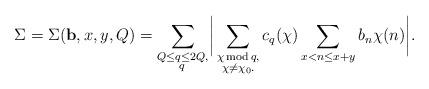
LaTeX: \begin{align*}\Sigma = \Sigma({\bf b}, x,y, Q) = \sum_{\substack{Q\leq q \leq 2Q, \\ q\, }} \biggr|\sum_{\substack{\chi\, {\rm mod}\, q, \\ \chi \neq \chi_{0}.}} c_{q}(\chi) \sum_{x < n \leq x+y} b_n \chi(n)\biggr|.\end{align*}